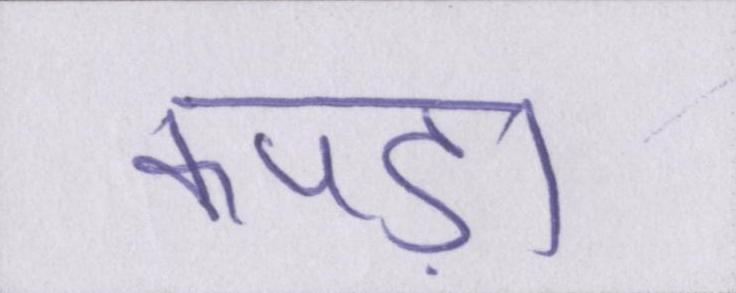
कपड़ा